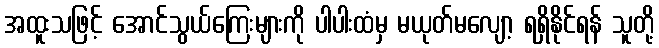
အထူးသဖြင့် အောင်သွယ်ကြေးများကို ပါပါးထံမှ မယုတ်မလျော့ ရရှိနိုင်ရန် သူတို့